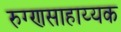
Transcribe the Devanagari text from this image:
रुग्णसाहाय्यक